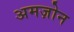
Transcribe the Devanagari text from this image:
अमज़ोन